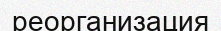
реорганизация